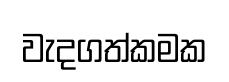
වැදගත්කමක